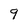
Character: 9